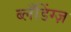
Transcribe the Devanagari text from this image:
ब्लँडिंग्ज़